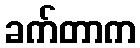
ခက်တာက